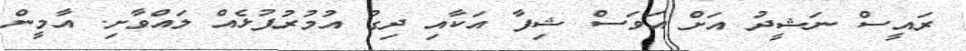
ރައީސް ނަޝީދު އަށް އަވަސް ޝިފާ އަކާއި ދިގު އުމުރުފުޅެއް ލައްވާށި. އާމީން